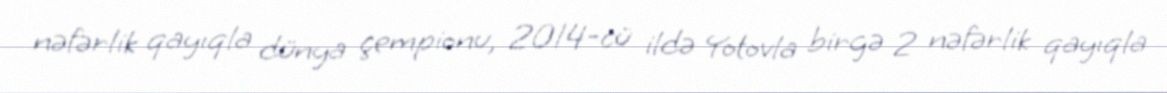
nəfərlik qayıqla dünya çempionu, 2014-cü ildə Yotovla birgə 2 nəfərlik qayıqla